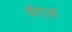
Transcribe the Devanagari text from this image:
वॉर्ट्स